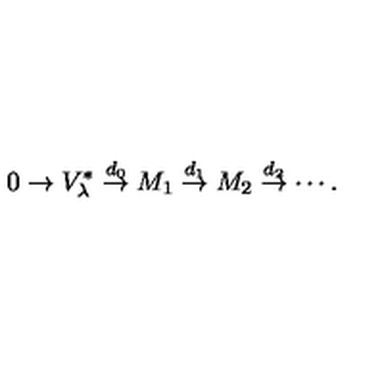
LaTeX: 0 \rightarrow V _ { \lambda } ^ { * } \stackrel { d _ { 0 } } { \rightarrow } M _ { 1 } \stackrel { d _ { 1 } } { \rightarrow } M _ { 2 } \stackrel { d _ { 2 } } { \rightarrow } \cdots .